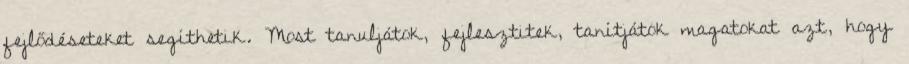
fejlődéseteket segíthetik. Most tanuljátok, fejlesztitek, tanítjátok magatokat azt, hogy